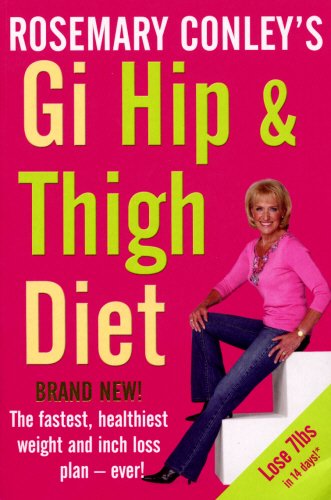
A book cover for Rosemary Conley's GI Hip & Thigh Diet; Rosemary Conley; Health, Fitness & Dieting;